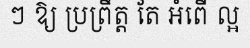
ៗ ឱ្យ ប្រព្រឹត្ត តែ អំពើ ល្អ